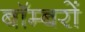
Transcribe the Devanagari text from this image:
बाॅम्बरों